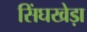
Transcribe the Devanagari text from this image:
सिंघखेड़ा